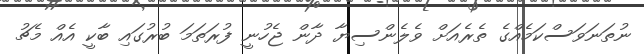
ނުތަނަވަސްކަމެއްގެ ތެރެއަށް ވެލެންސިޔާ ދާން ޖެހުނީ ފުރަތަމަ ބުރުގައި ބާކީ އެއް މެޗު